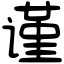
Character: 谨